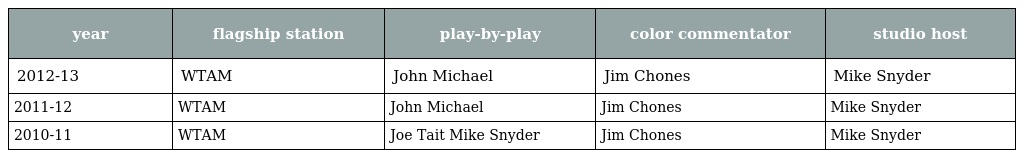
| year | flagship station | play-by-play | color commentator | studio host |
 | --- | --- | --- | --- | --- |
 | 2012-13 | WTAM | John Michael | Jim Chones | Mike Snyder |
 | 2011-12 | WTAM | John Michael | Jim Chones | Mike Snyder |
 | 2010-11 | WTAM | Joe Tait Mike Snyder | Jim Chones | Mike Snyder |